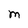
Character: M